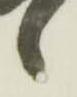
候